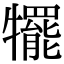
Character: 犤